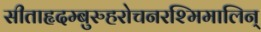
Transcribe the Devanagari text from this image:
सीताहृदम्बुरुहरोचनरश्मिमालिन्